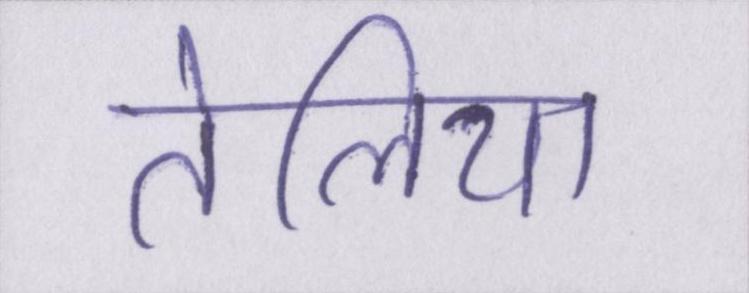
तेलिया